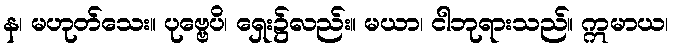
န၊ မဟုတ်သေး။ ပုဗ္ဗေပိ၊ ရှေး၌လည်း။ မယာ၊ ငါဘုရားသည်။ ဣမာယ၊